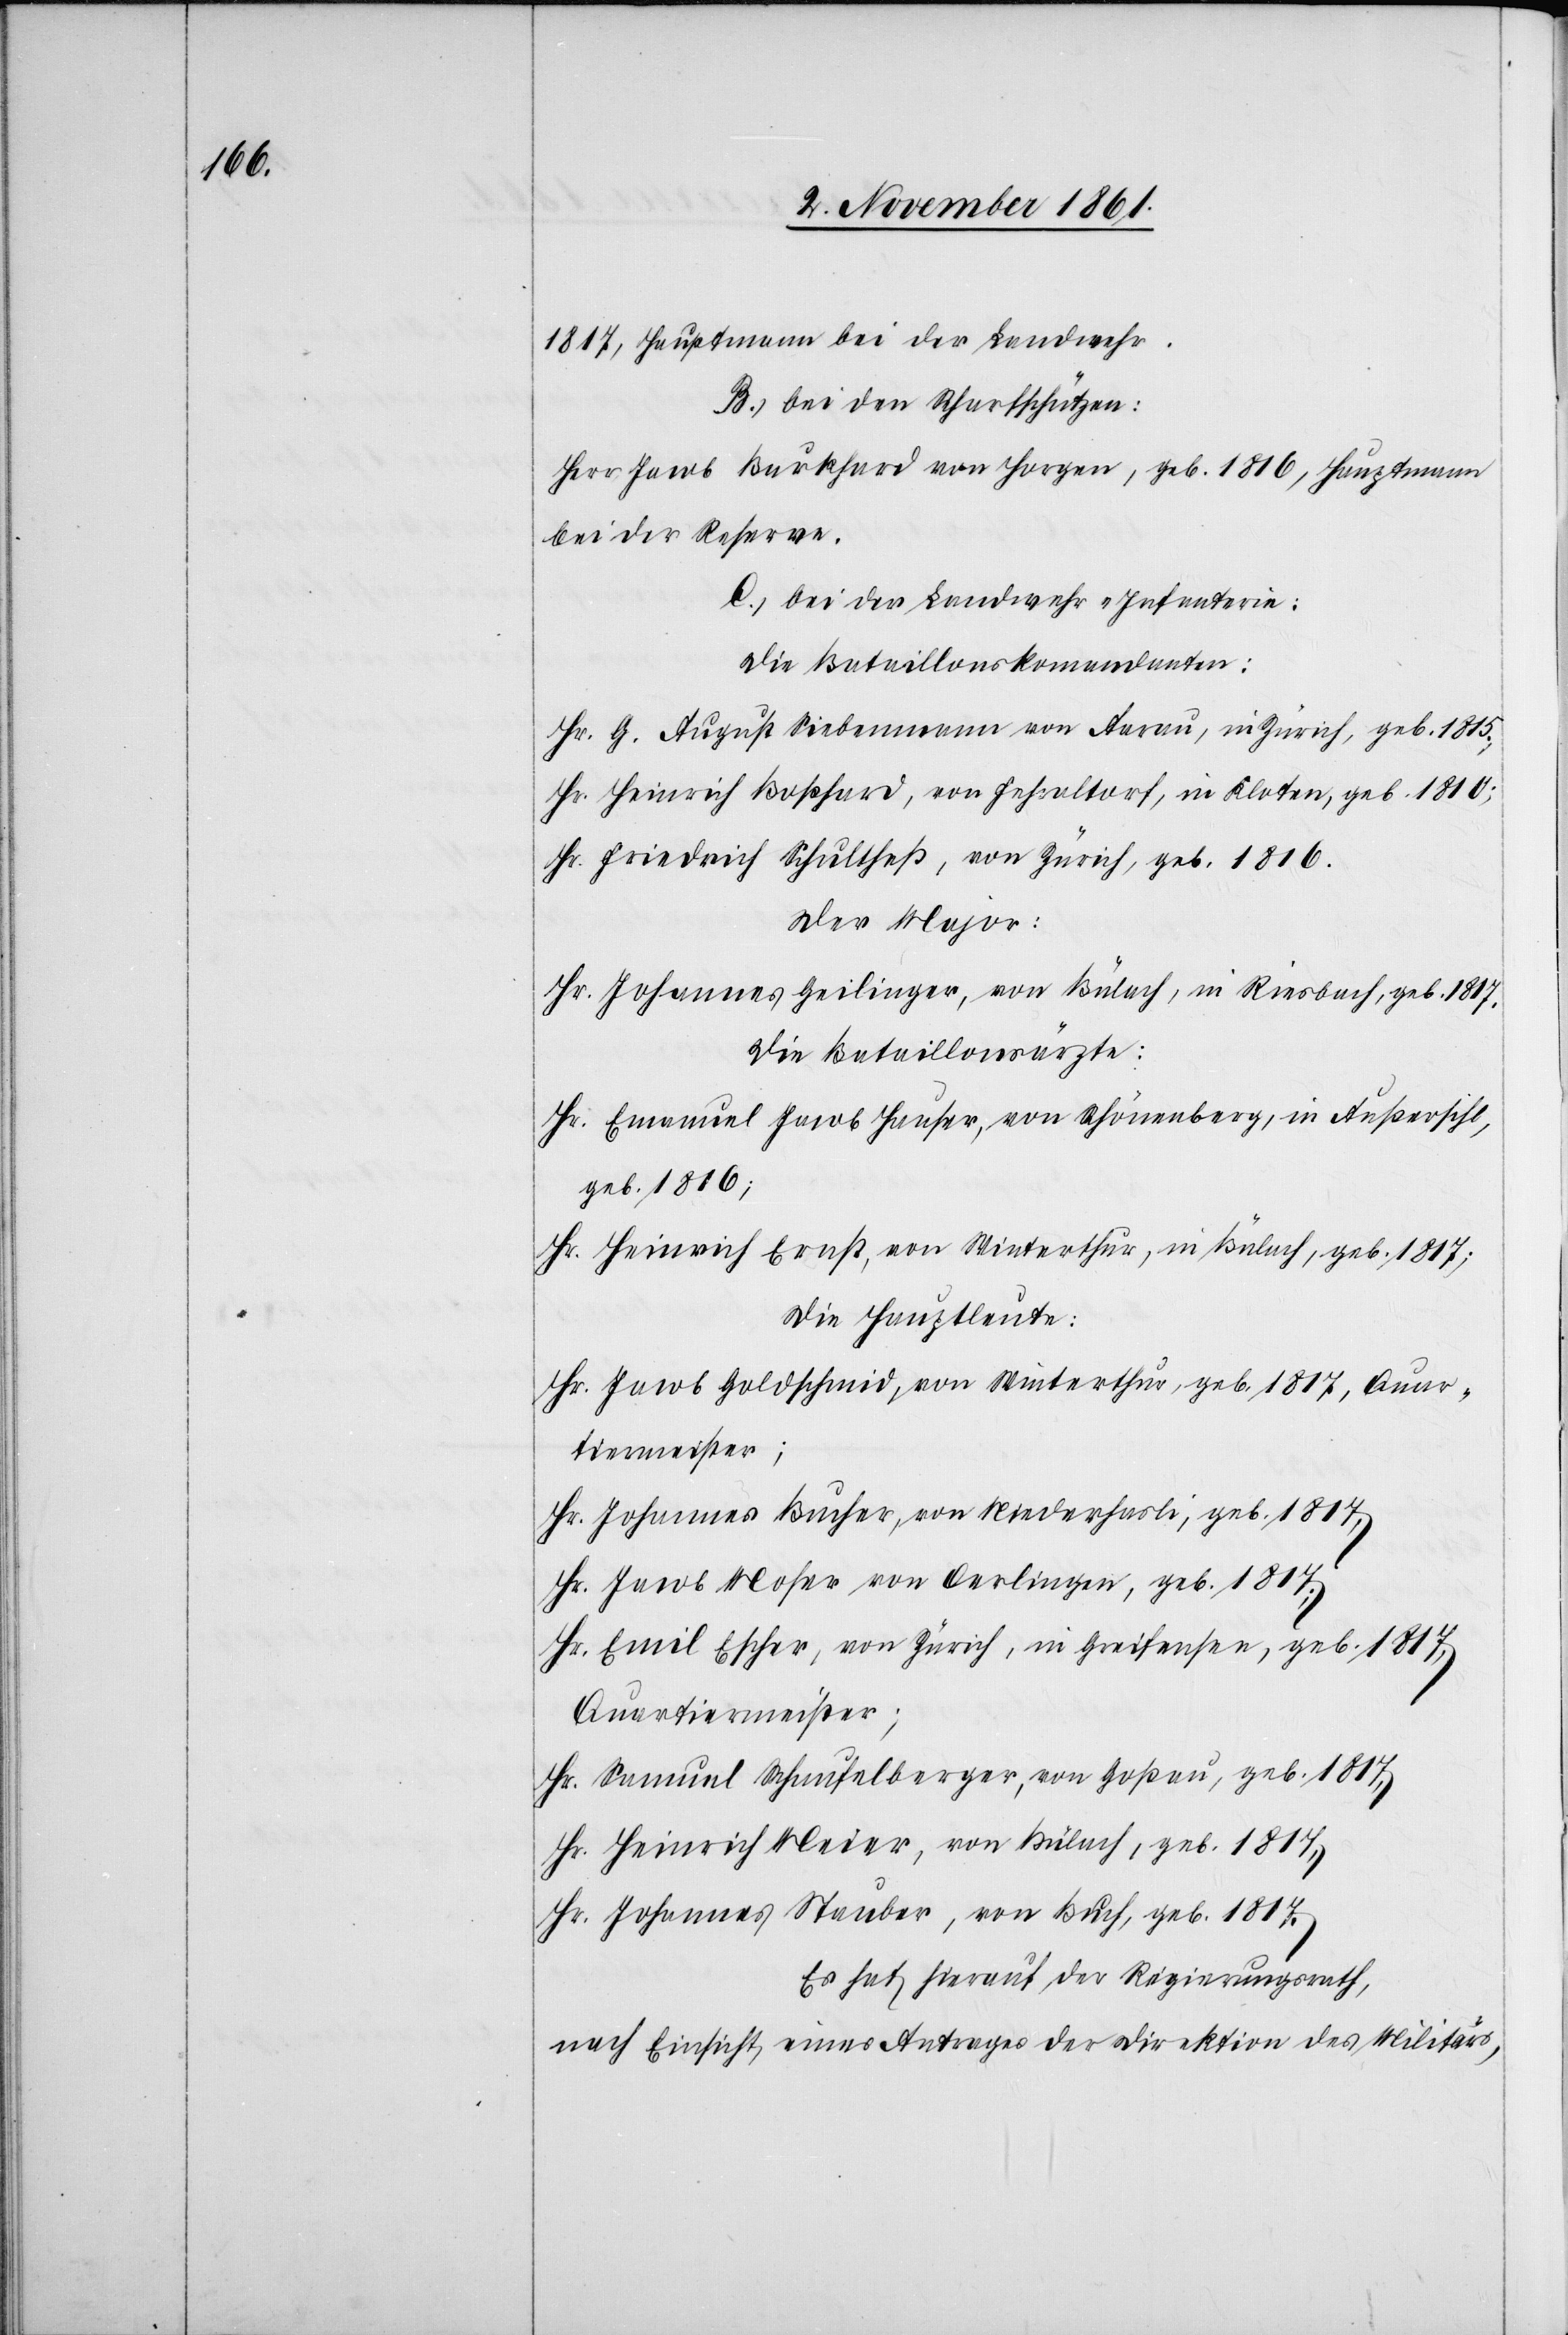
1817, Hauptmann bei der Landwehr.
B. bei den Scharschützen:
Herr. Jacob Burkhard von Horgen, geb. 1816, Hauptmann
bei der Reserve.
C. bei der Landwehr-Infanterie:
Die Bataillonskommandanten:
Hr. G. August Siebenmann von Aarau, in Zürich, geb. 1815.,
Hr. Heinrich Boßhard, von Fehraltorf, in Kloten, geb. 1810;
Hr. Friedrich Schultheß, von Zürich, geb. 1816.
Der Major:
Hr. Johannes Geilinger, von Bülach, in Riesbach, geb. 1817.
Die Bataillionsärzte:
Hr. Emmanuel Jacob Hauser, von Schönenberg, in Außersihl,
geb. 1816;
Hr. Heinrich Ernst, von Winterthur, in Bülach, geb. 1817;
Die Hauptleute:
Hr. Jacob Goldschmid, von Winterthur, geb. 1817, Quar¬
tiermeister;
Hr. Johannes Bucher, von Niederhasli, geb. 1817,
Hr. Jacob Moser von Oerlingen, geb. 1817;
Hr. Emil Escher, von Zürich, in Greifensee, geb. 1817,
Quartiermeister;
Hr. Samuel Schaufelberger, von Goßau, geb. 1817,
Hr. Heinrich Meier, von Bülach, geb. 1817,
Hr. Johannes Stauber, von Buch, geb. 1817.
Es hat heirauf der Regierungsrath,
nach Einsicht eines Antrages der Direktion des Militärs,